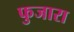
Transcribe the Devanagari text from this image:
फुजारा